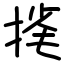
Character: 毮